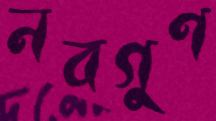
নবগুণ